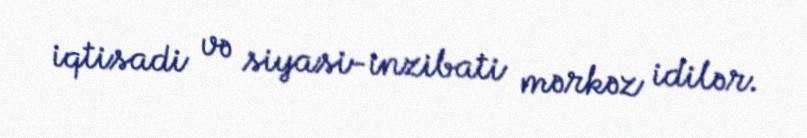
iqtisadi və siyasi-inzibati mərkəz idilər.